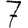
Digit: 7